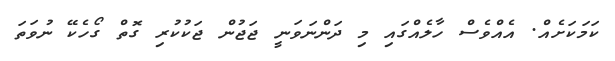
ކަމަކަށެއް. އެއްވެސް ހާލެއްގައި މި ދަންނަވަނީ ޖަޖުން ޖަކުކުރި ގޮތް ގޯހެކޭ ނުވަތަ